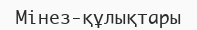
Мінез-құлықтары